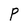
Character: P